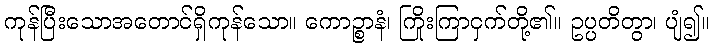
ကုန်ပြီးသောအတောင်ရှိကုန်သော။ ကောဉ္စာနံ၊ ကြိုးကြာငှက်တို့၏။ ဥပ္ပတိတွာ၊ ပျံ၍။